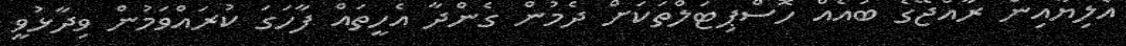
އެލިޔާއިން ރާއްޖޭގެ ބައެއް ހޮސްޕިޓަލްތަކަށް ދެމުން ގެންދާ އެހީތައް ފާހަގަ ކުރައްވަމުން ވިދާޅުވީ